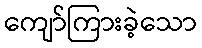
ကျော်ကြားခဲ့သော